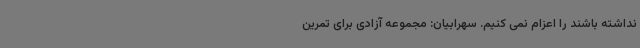
نداشته باشند را اعزام نمی کنیم. سهرابیان: مجموعه آزادی برای تمرین